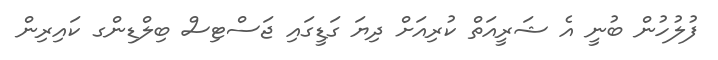
ފުލުހުން ބުނީ އެ ޝަރީއަތް ކުރިއަށް ދިޔަ ގަޑީގައި ޖަސްޓިސް ބިލްޑިންގ ކައިރިން